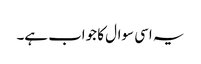
یہ اسی سوال کا جواب ہے۔